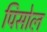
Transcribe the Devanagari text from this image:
पिसोल